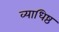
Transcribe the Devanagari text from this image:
व्याधिष्ठ